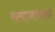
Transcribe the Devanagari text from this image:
समाजायला